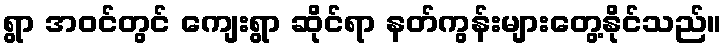
ရွာ အဝင်တွင် ကျေးရွာ ဆိုင်ရာ နတ်ကွန်းများတွေ့နိုင်သည်။